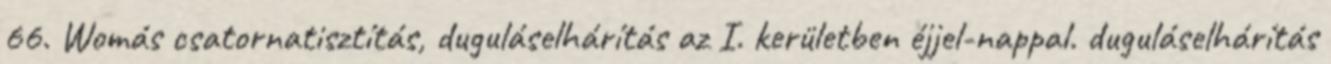
66. Womás csatornatisztítás, duguláselhárítás az I. kerületben éjjel-nappal. duguláselhárítás